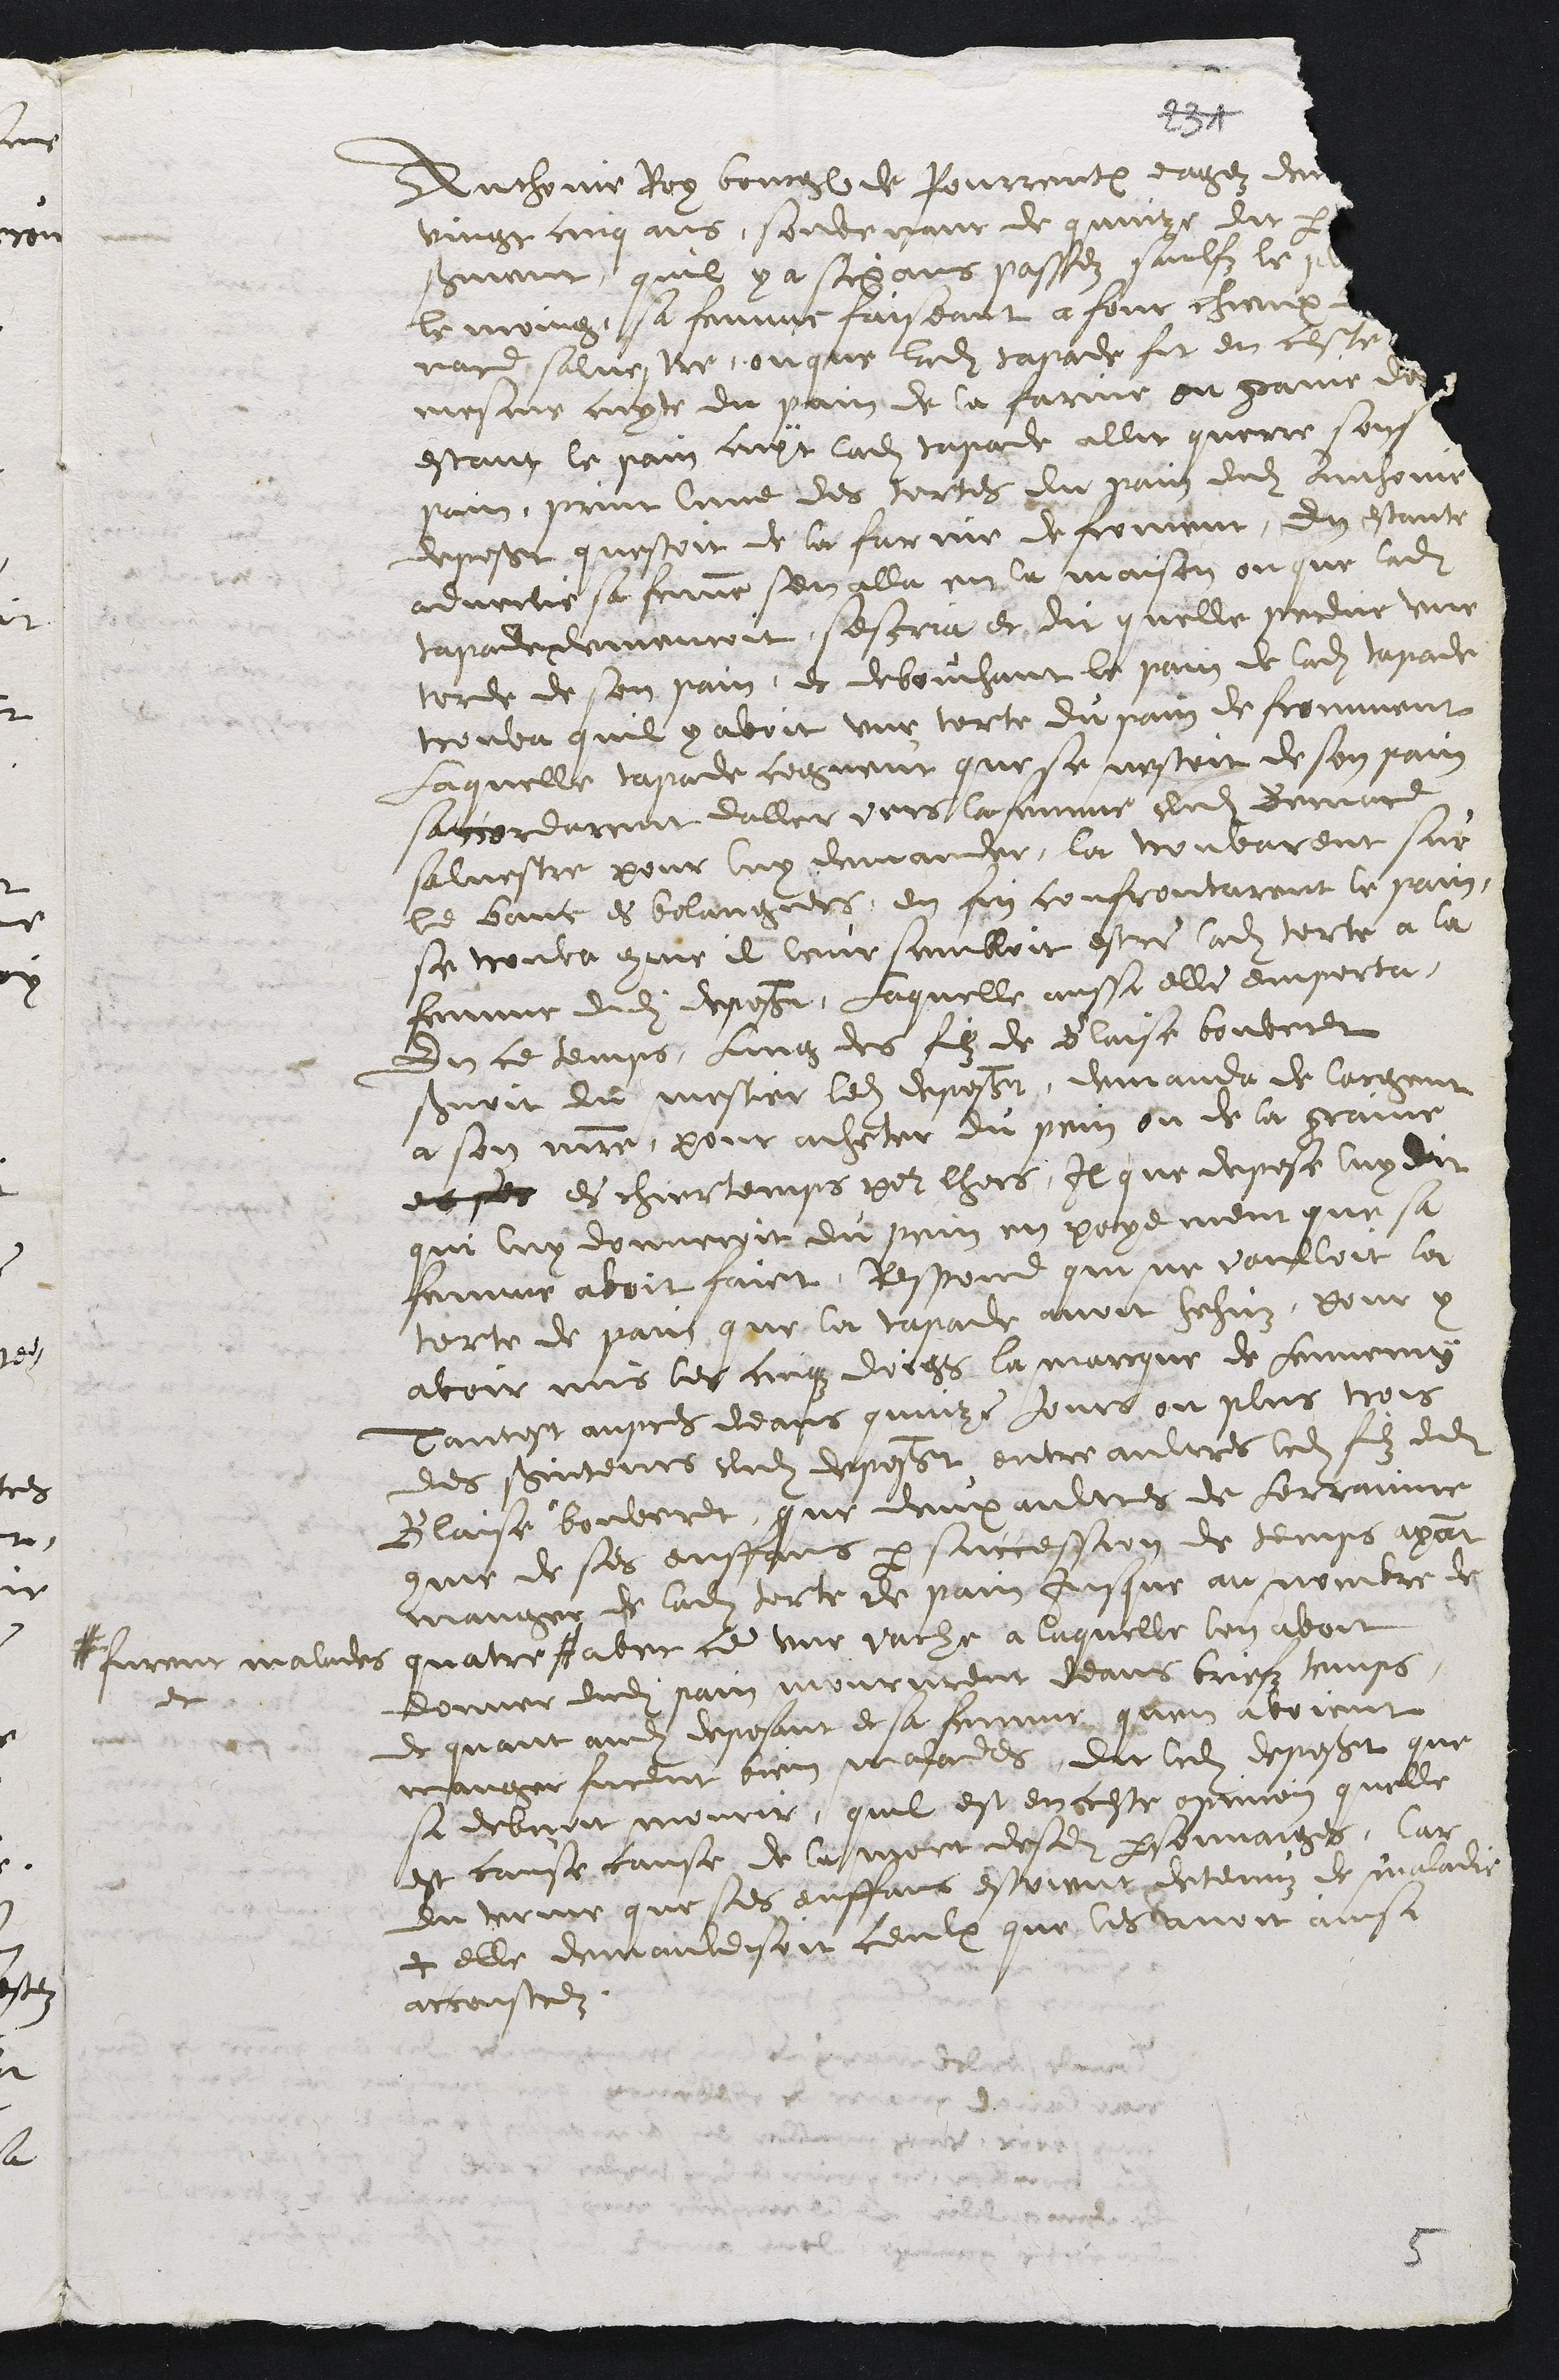
Anthoine Roy bourgeois de Pourrentruy eagez denviron
vingt cinq ans, souvenant de quinze dit par
serment quil y a six ans passez saulfz le plus
le moing, sa femme faiseant a four chieux Ber-
nard salvestre, ou que ladite tapade fit en ceste ?
mesme cuyte du pain de la farine ou graine dorge
estant le pain cuyt ladite tapade allit querre son
pain, print lune des tortes du pain dudit Anthoine
deposant questoit de la farine de froment, en Estante
advertie sa femme sen alla en la maison ou que ladite
tapade demeuroit, sescria et dit quelle perdit une
torde de son pain et debouchant le pain de ladite tapade
trouva quil y avoit une torte du pain de fromment
Laquelle tapade cogneut que se nestoit de son pain
saccordarent daller vers la femme dudit Bernard
salvestre pour luy demander, la trouvarent sur
le banc es bolangiers, en fin confrontarent le pain,
se trouva comme il leur sembloit estre ladite torte a la
femme dudit deposant, Laquelle aussi elle emporta,
En ce temps, lung des filz de Blaise bouveret
servoit du mestier ledit deposant, demanda de largent
a son maitre, pour acheter du pain ou de la graine
et les es chiertemps pour lhors, Il que depose luy dit
qui luy donneroit du pein en payement que sa
femme avoit faict. Respond qui ne voulloit la
torte de pain que la tapade avoit hehuz, pour y
avoir mis les cinqz doigs la marque de Lennemy
Tantost aupres deans quinze jours ou plus trois
des serviteurs dudit deposant entre aultres ledit filz dudit
Blaise bouveret, que deux aultres de Lorrainne
comme de ses anffans par succession de temps ayant
manger de ladite torte de pain jusque au nombre de
quatre #
# furent malades
et
avec ce une vache a laquelle lon avoit
donner dudit pain moururent deans briefz temps,
et quant audit deposant et sa femme quen avoient
manger furent bien malades, dit ledit deposant que
si debvoit mourir, quil est en ceste opinion quelle
est cause cause de la mort desdits personnaiges, Car
du terme que ses enffans estoeint detenuz de maladie
+ elle demauldisoit ceulx que les avoit ainsi
accoustrez.